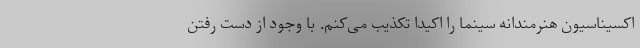
اکسیناسیون هنرمندانه سینما را اکیدا تکذیب می‌کنم. با وجود از دست رفتن